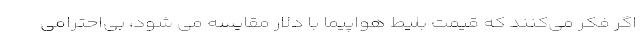
اگر فکر می‌کنند که قیمت بلیط هواپیما با دلار مقایسه می شود، بی‌احترامی